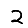
Digit: 2